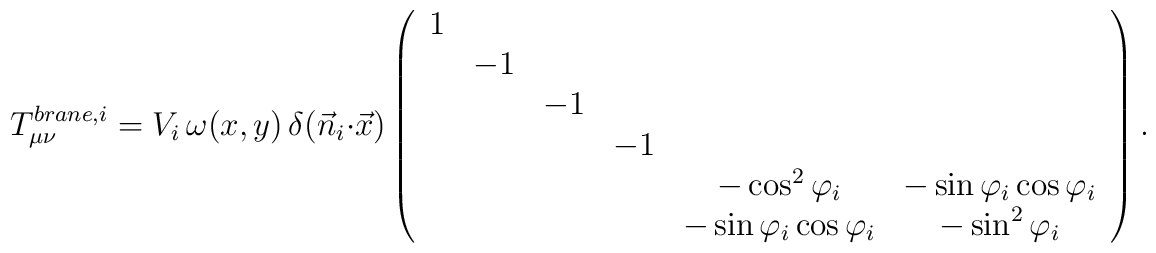
T_{\mu \nu}^{brane,i}= V_i\, \omega(x,y) \,\delta (\vec{n}_i \cdot \vec{x}) \left( \begin{array}{cccccc}1\\&-1\\&&-1\\&&&-1\\&&&& -\cos^2 \varphi_i & -\sin \varphi_i \cos \varphi_i \\&&&& -\sin \varphi_i \cos \varphi_i & -\sin^2 \varphi_i \end{array} \right ).